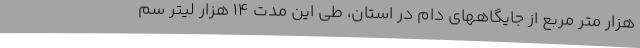
هزار متر مربع از جایگاههای دام در استان، طی این مدت ۱۴ هزار لیتر سم